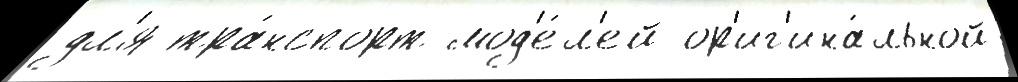
дл'я тра́нспорт мод'е́л'ей ор'иг'ина́льной